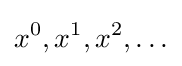
x^{0},x^{1},x^{2},\ldots